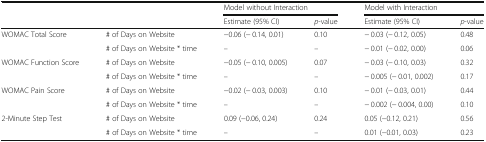
<table><thead><tr><td rowspan="2"></td><td rowspan="2"></td><td colspan="2"><b>Model without Interaction</b></td><td colspan="2"><b>Model with Interaction</b></td></tr><tr><td><b>Estimate (95% CI)</b></td><td><b><i>p</i>-value</b></td><td><b>Estimate (95% CI)</b></td><td><b><i>p</i>-value</b></td></tr></thead><tbody><tr><td rowspan="2">WOMAC Total Score</td><td># of Days on Website</td><td>−0.06 (− 0.14, 0.01)</td><td>0.10</td><td>− 0.03 (− 0.12, 0.05)</td><td>0.48</td></tr><tr><td># of Days on Website * time</td><td>–</td><td>–</td><td>− 0.01 (− 0.02, 0.00)</td><td>0.06</td></tr><tr><td rowspan="2">WOMAC Function Score</td><td># of Days on Website</td><td>−0.05 (− 0.10, 0.005)</td><td>0.07</td><td>− 0.03 (− 0.10, 0.03)</td><td>0.32</td></tr><tr><td># of Days on Website * time</td><td>–</td><td>–</td><td>− 0.005 (− 0.01, 0.002)</td><td>0.17</td></tr><tr><td rowspan="2">WOMAC Pain Score</td><td># of Days on Website</td><td>−0.02 (− 0.03, 0.003)</td><td>0.10</td><td>− 0.01 (− 0.03, 0.01)</td><td>0.44</td></tr><tr><td># of Days on Website * time</td><td>–</td><td>–</td><td>− 0.002 (− 0.004, 0.00)</td><td>0.10</td></tr><tr><td rowspan="2">2-Minute Step Test</td><td># of Days on Website</td><td>0.09 (−0.06, 0.24)</td><td>0.24</td><td>0.05 (−0.12, 0.21)</td><td>0.56</td></tr><tr><td># of Days on Website * time</td><td>–</td><td>–</td><td>0.01 (−0.01, 0.03)</td><td>0.23</td></tr></tbody></table>